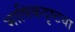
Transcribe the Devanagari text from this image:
भाषिकदृष्टया